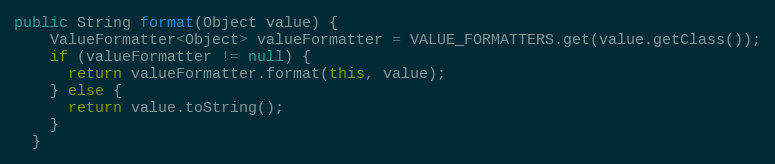
Language: Java
public String format(Object value) {
    ValueFormatter<Object> valueFormatter = VALUE_FORMATTERS.get(value.getClass());
    if (valueFormatter != null) {
      return valueFormatter.format(this, value);
    } else {
      return value.toString();
    }
  }